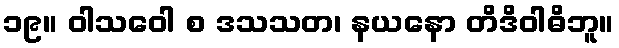
၁၉။ ဝါသဝေါ စ ဒသသတ၊ နယနော တိဒိဝါဓိဘူ။